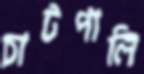
চাটপালি